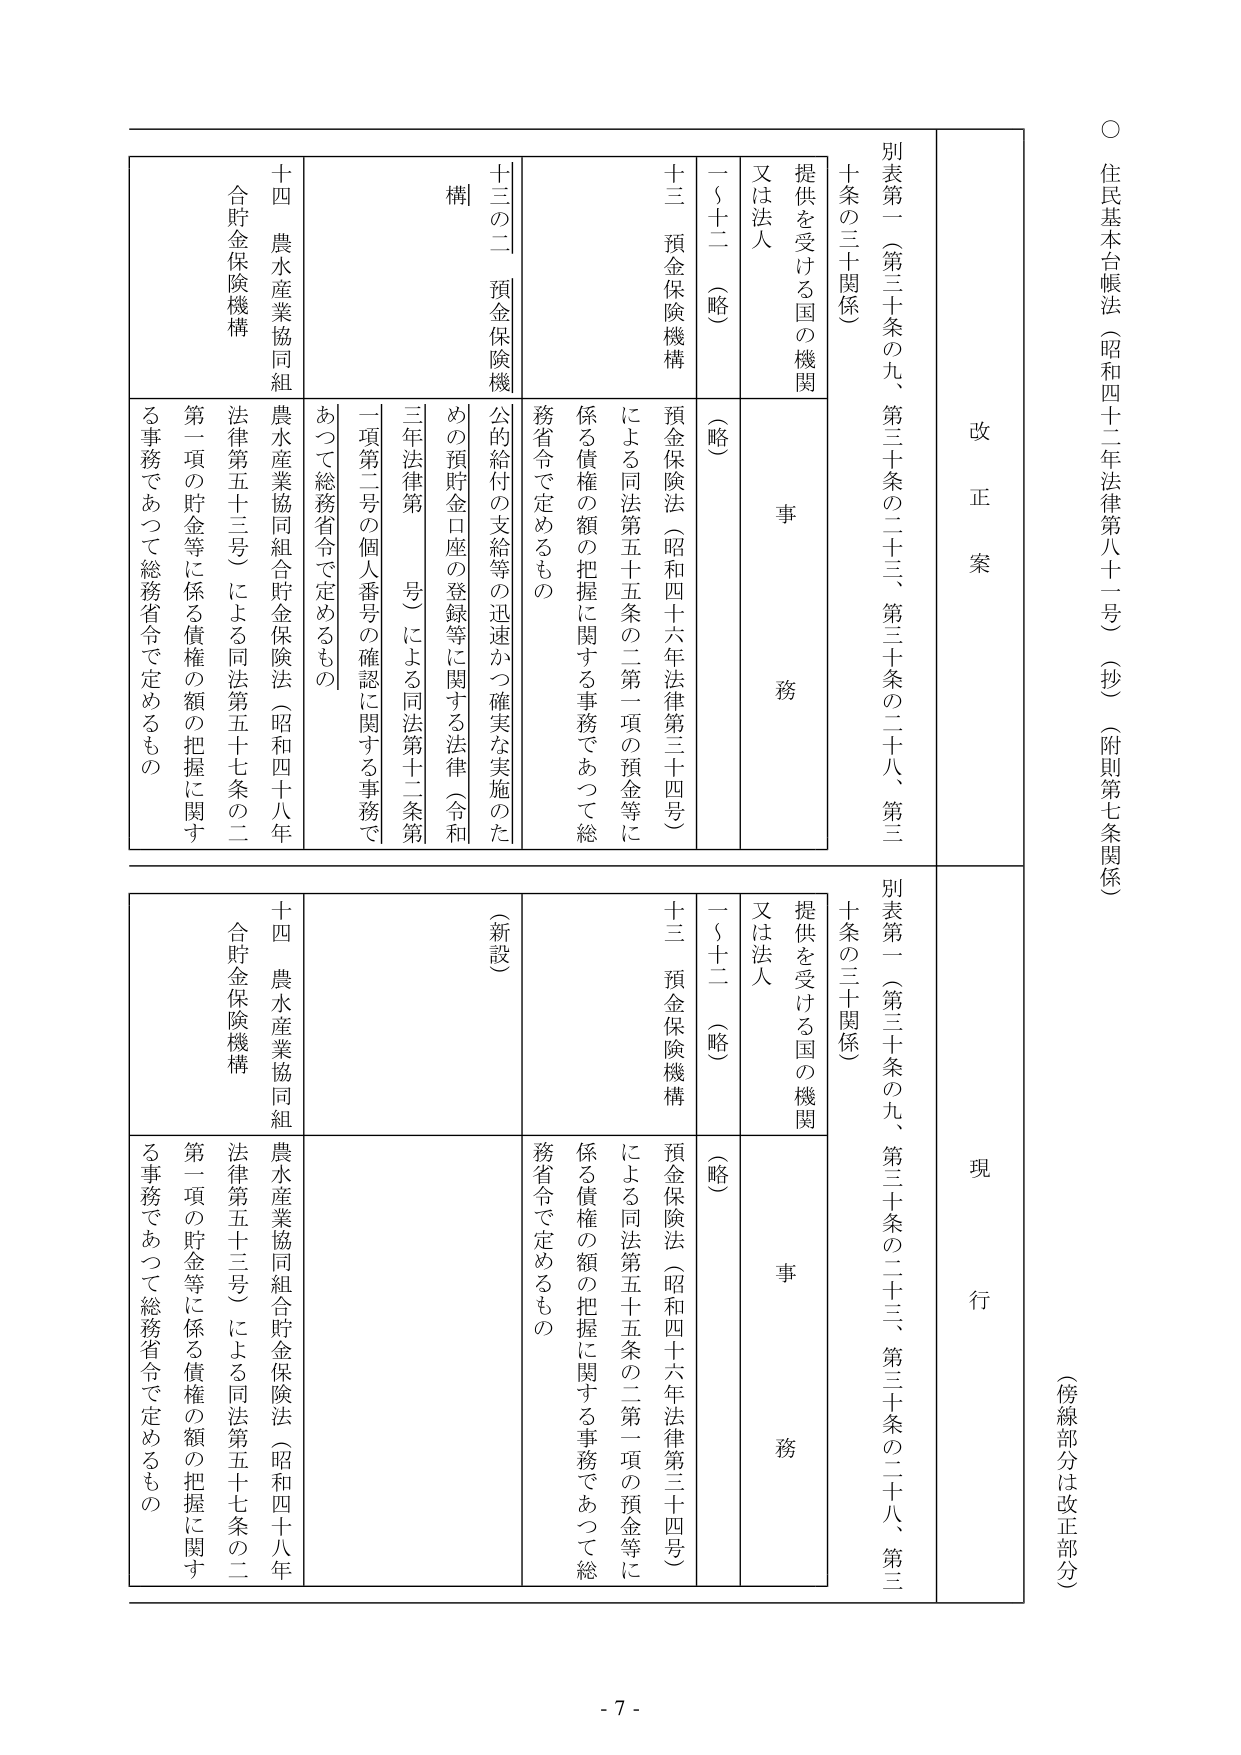
○ 住民基本台帳法（昭和四十二年法律第八十二号）（抄）（附則第七条関係）
（傍線部分は改正部分）

改正案
別表第一（第三十条の九、第三十条の二十三、第三十条の二十八、第三十条の三十関係）
提供を受ける国の機関 又は法人 事務
一～十二（略）
十三 預金保険機構
預金保険法（昭和四十六年法律第三十四号）による同法第五十五条の二第一項の預金等に係る債権の額の把握に関する事務であって総務省令で定めるもの
十三の二 預金保険機構
公的給付の支給等の迅速かつ確実な実施のための預貯金口座の登録等に関する法律（令和三年法律第＿＿号）による同法第十二条第一項第二号の個人番号の確認に関する事務であって総務省令で定めるもの
十四 農水産業協同組合貯金保険機構
農水産業協同組合貯金保険法（昭和四十八年法律第五十三号）による同法第五十七条の二第一項の貯金等に係る債権の額の把握に関する事務であって総務省令で定めるもの

現行
別表第一（第三十条の九、第三十条の二十三、第三十条の二十八、第三十条の三十関係）
提供を受ける国の機関 又は法人 事務
一～十二（略）
十三 預金保険機構
預金保険法（昭和四十六年法律第三十四号）による同法第五十五条の二第一項の預金等に係る債権の額の把握に関する事務であって総務省令で定めるもの
（新設）
十四 農水産業協同組合貯金保険機構
農水産業協同組合貯金保険法（昭和四十八年法律第五十三号）による同法第五十七条の二第一項の貯金等に係る債権の額の把握に関する事務であって総務省令で定めるもの

- 7 -